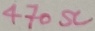
Text: 470Ω